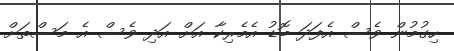
ހިގުމުން ވެސް އެފަދަ ބޮޑު އެމެރިކާ އަށް އަދި ވެސް އެ މަސްތަށް